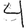
Digit: 4